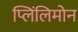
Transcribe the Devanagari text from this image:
प्लिंलिमोन